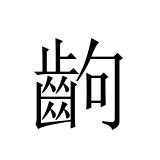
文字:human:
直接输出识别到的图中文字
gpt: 齣